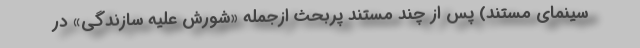
سینمای مستند) پس از چند مستند پربحث ازجمله «شورش علیه سازندگی» در